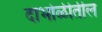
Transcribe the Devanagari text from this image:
दाभोळीतील